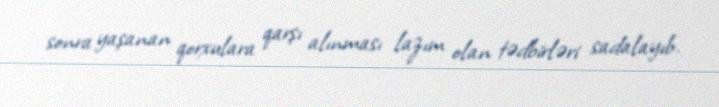
sonra yaşanan qorxulara qarşı alınması lazım olan tədbirləri sadalayıb.